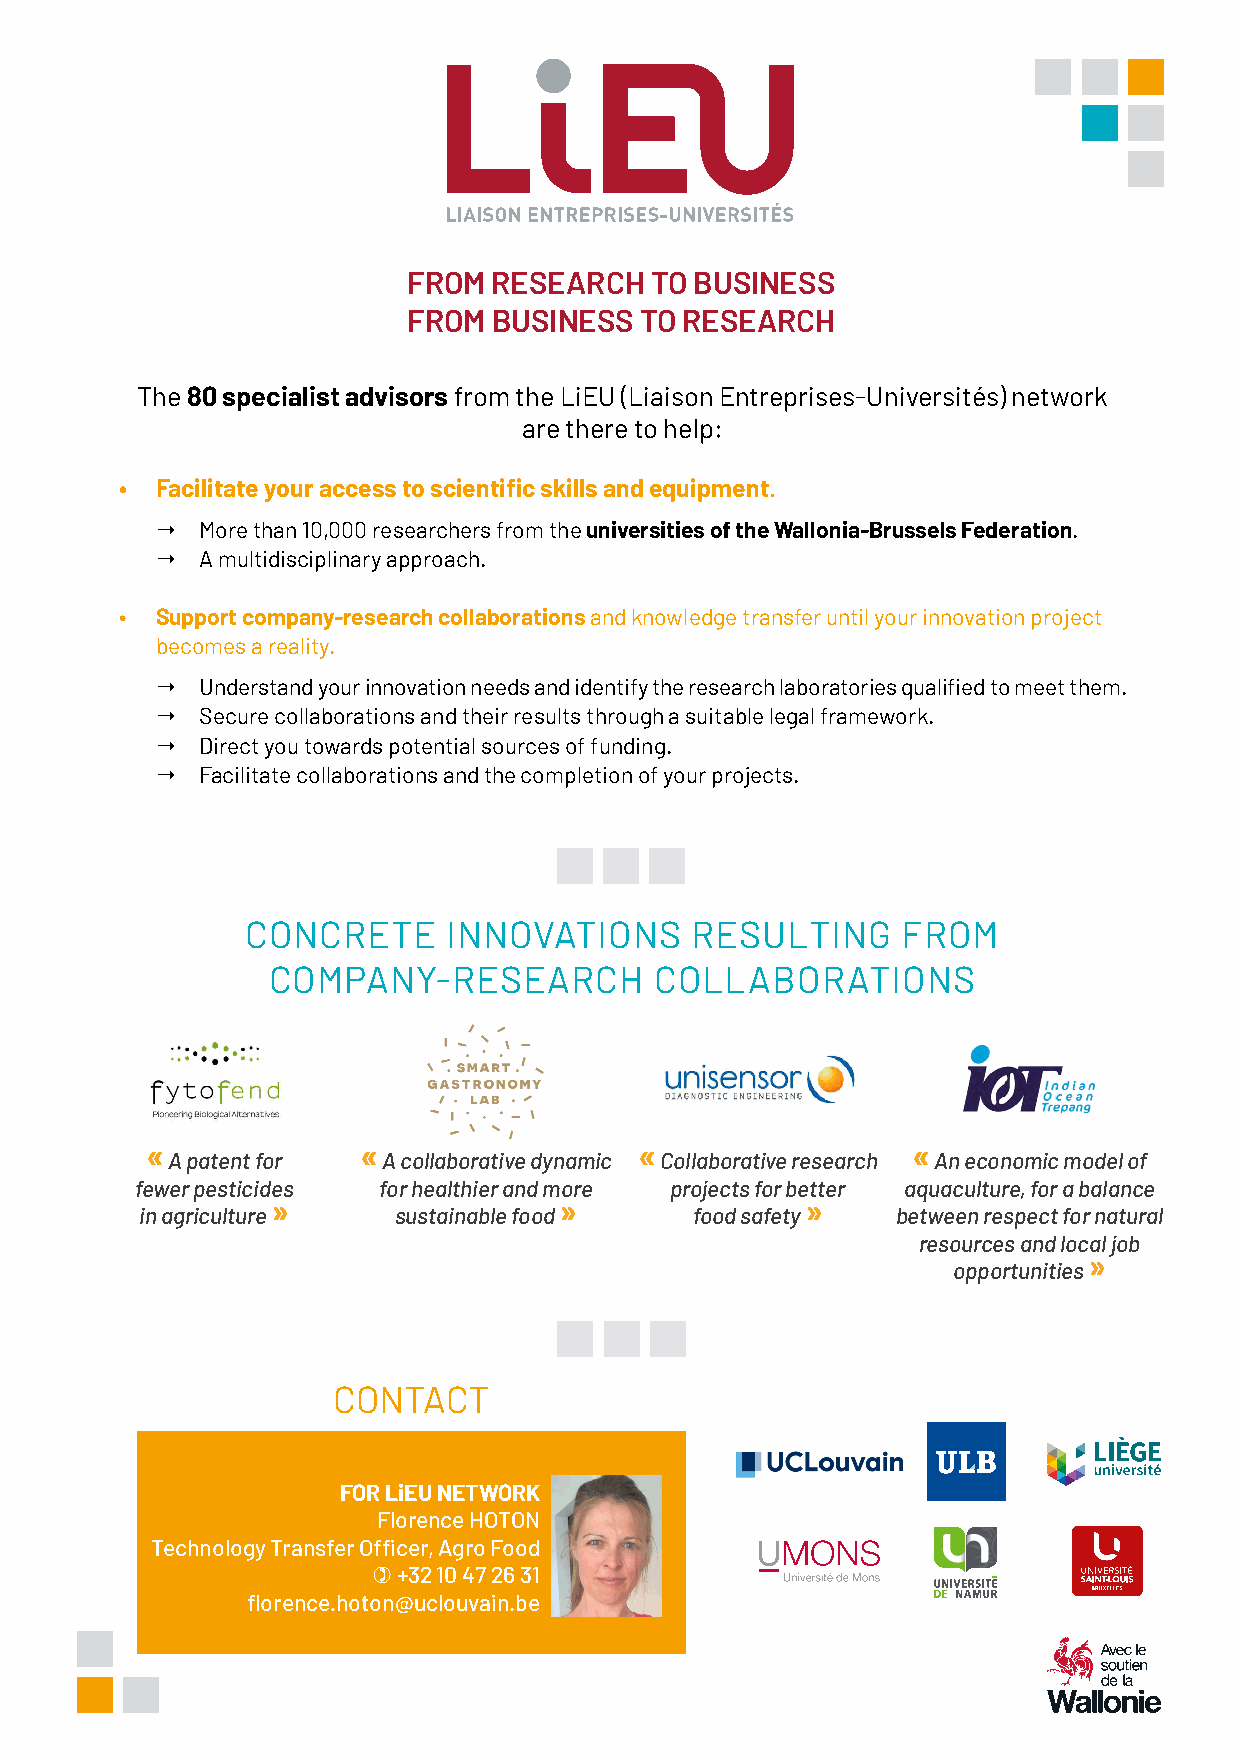
FROM  RESEARCH  TO BUSINESS
 FROM  BUSINESS TO RESEARCH
 The 80 specialist advisors from the LiEU (Liaison Entreprises-Universités) network
 are there to help:
 • Facilitate your access to scientific skills and equipment.
   More than 10,000 researchers from the universities of the Wallonia-Brussels Federation.
   A multidisciplinary approach.
 • Support company-research collaborations and knowledge transfer until your innovation project
 becomes a reality.
   Understand your innovation needs and identify the research laboratories qualified to meet them.
   Secure collaborations and their results through a suitable legal framework.
   Direct you towards potential sources of funding.
   Facilitate collaborations and the completion of your projects.
 CONCRETE      INNOVATIONS     RESULTING     FROM
 COMPANY-RESEARCH         COLLABORATIONS
 «             «                 «                 «
 A patent for  A collaborative dynamic Collaborative research An economic model of
 fewer pesticides for healthier and more projects for better aquaculture, for a balance
 »                  »               »
 in agriculture   sustainable food    food safety  between respect for natural
 resources and local job
 »
 opportunities
 CONTACT
 FOR LiEU NETWORK
 Florence HOTON
 Technology Transfer Officer, Agro Food
  +32 10 47 26 31
 florence.hoton@uclouvain.be